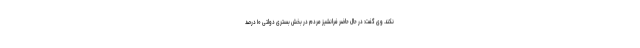
نکند. وی گفت: در حال حاضر فرانشیز مردم در بخش بستری دولتی ۱۰ درصد